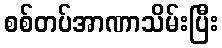
စစ်တပ်အာဏာသိမ်းပြီး